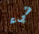
شيء